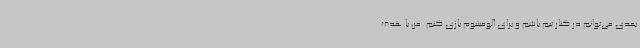
بعدی می‌توانم در کنار تیم باشم و برای آلومینیوم بازی کنم. من با هدف